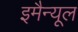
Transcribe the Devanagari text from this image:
इमैन्यूल